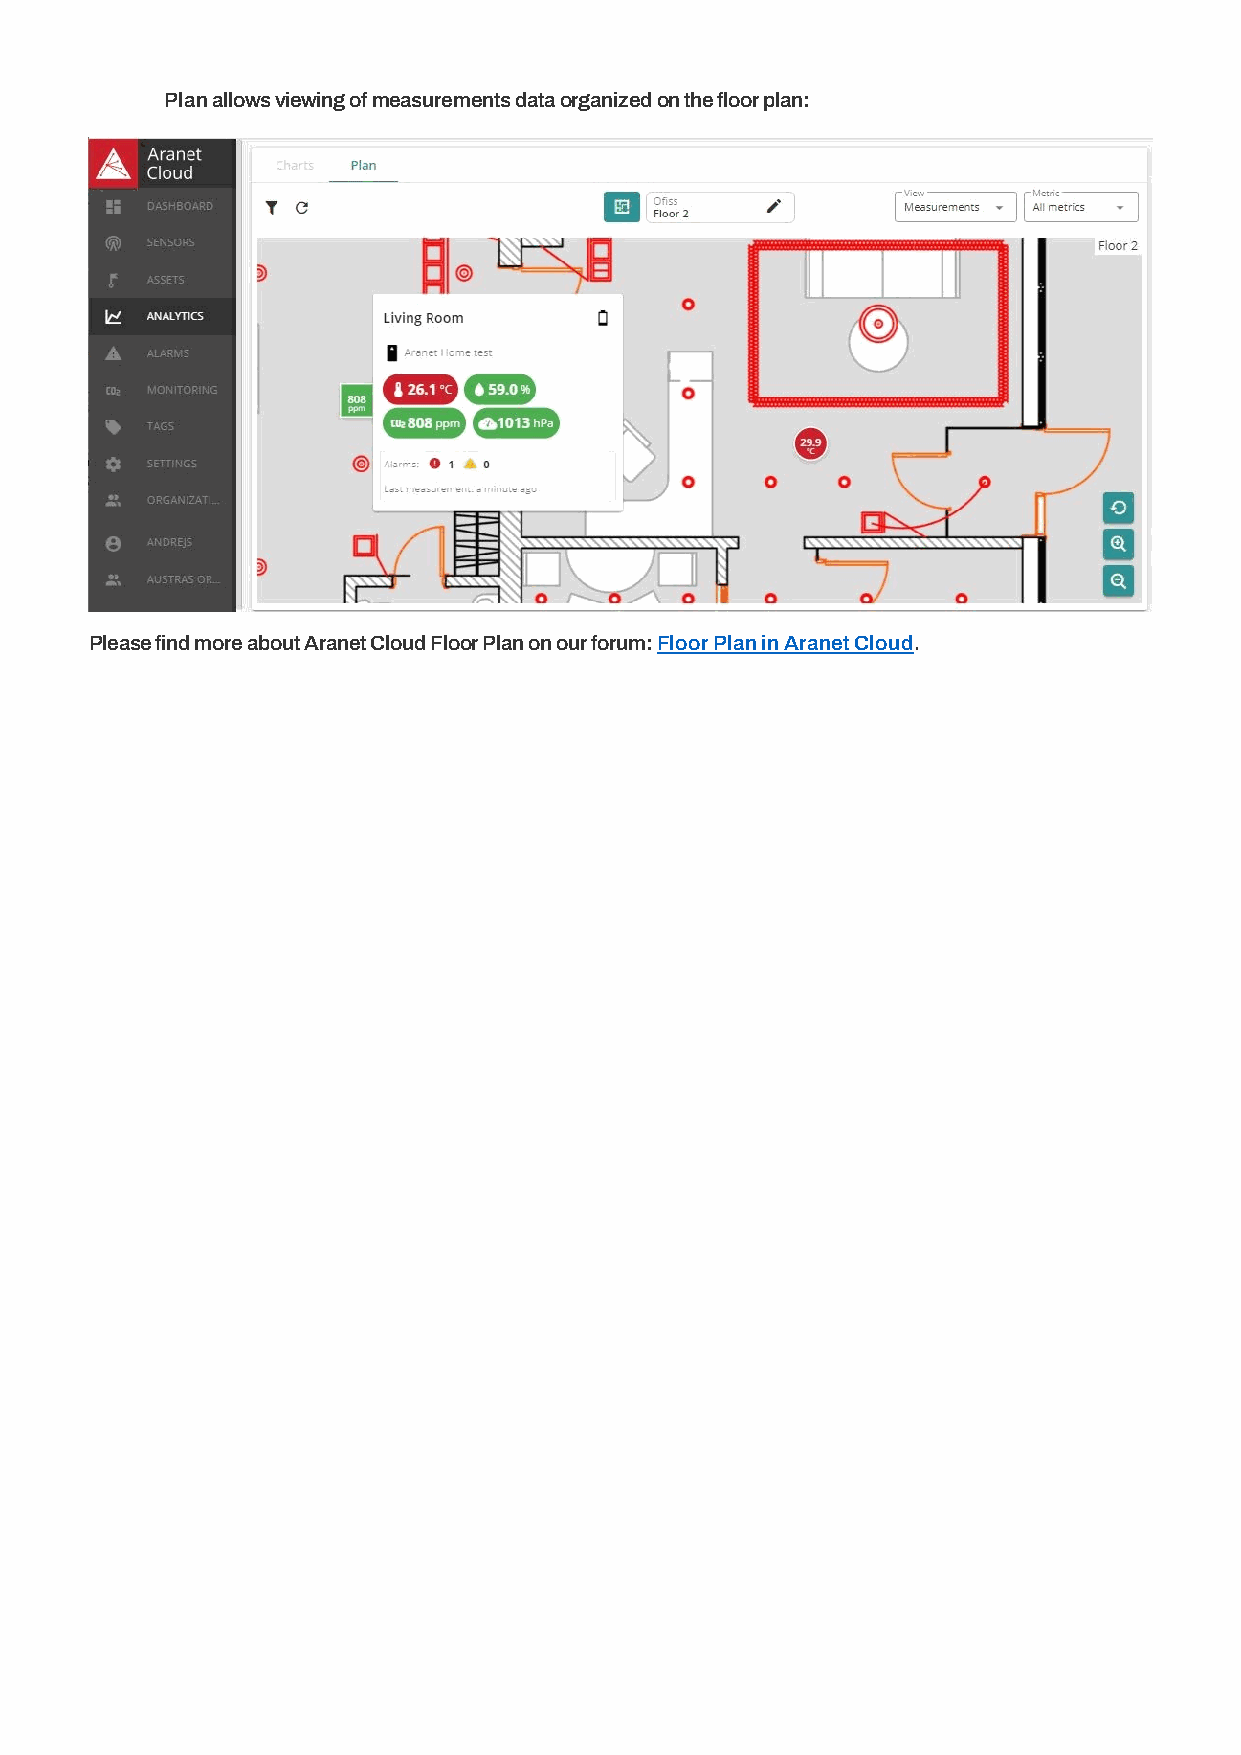
Plan allows viewing of measurements data organized on the floor plan:
 Please find more about Aranet Cloud Floor Plan on our forum: Floor Plan in Aranet Cloud.